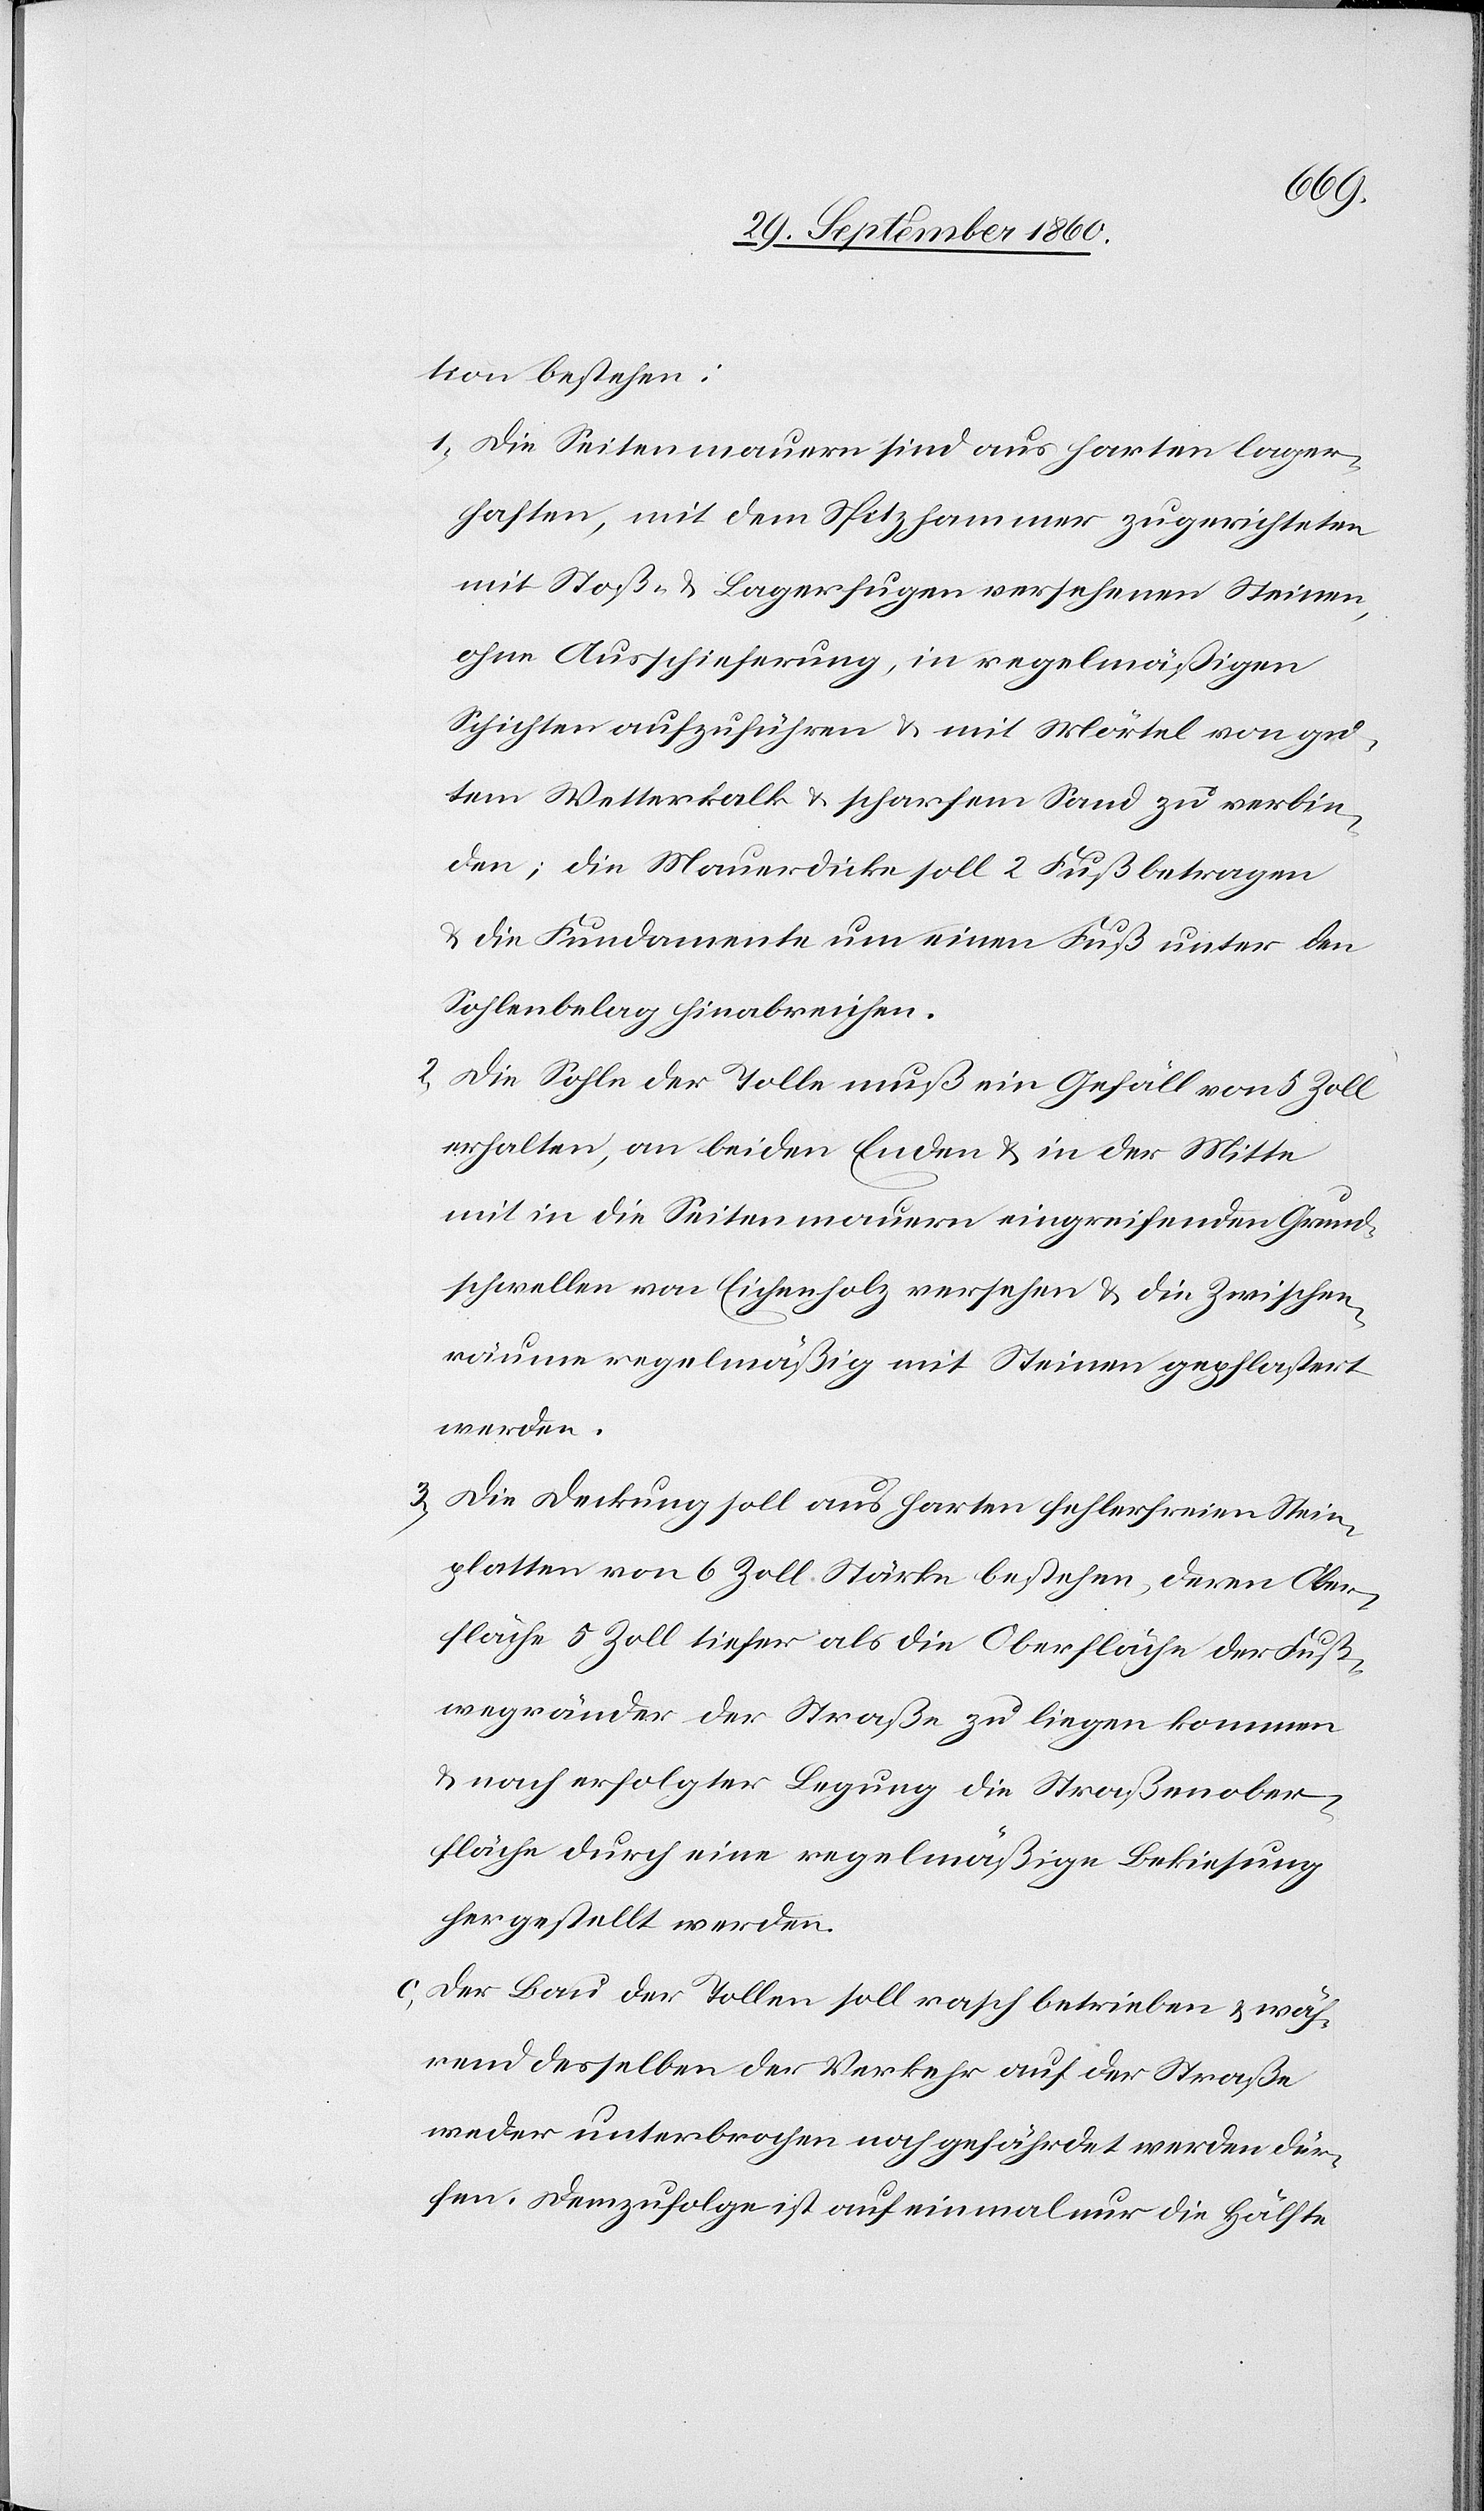
tion bestehen:
1) Die Seitenmauern sind aus harten lager¬
haften, mit dem Spitzhammer zugerichteten
mit Stoß- u. Lagerfugen versehenen Steinen,
ohne Ausschieferung, in regelmäßigen
Schichten aufzuführen u. mit Mörtel von gu¬
tem Wetterkalk u. scharfem Sand zu verbin¬
den; die Mauerdicke soll 2 Fuß betragen
u. die Fundamente um einen Fuß unter den
Sohlenbelag hinabreichen.
2) Die Sohle der Tolle muß ein Gefäll von 5 Zoll
erhalten, an beiden Enden u. in der Mitte
mit in die Seitenmauern eingreifenden Grund¬
schwellen von Eichenholz versehen u. die Zwischen¬
räume regelmäßig mit Steinen gepflastert
werden.
3) Die Deckung soll aus harten fehlerfreien Stein¬
platten von 6 Zoll Stärke bestehen, deren Ober¬
fläche 5 Zoll tiefer als die Oberfläche der Fuß¬
wegränder der Straße zu liegen kommen
u. nach erfolgter Legung die Straßenober¬
fläche durch eine regelmäßige Bekiesung
hergestellt werden.
c. Der Bau der Tollen soll rasch betrieben u. wäh¬
rend desselben der Verkehr auf der Straße
weder unterbrochen noch gefährdet werden dür¬
fen. Demzufolge ist auf einmal nur die Hälfte